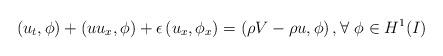
LaTeX: \begin{align*}\begin{aligned}\left(u_t,\phi\right) + \left(uu_x, \phi\right) + \epsilon\left(u_x,\phi_x\right) = \left(\rho V - \rho u, \phi\right), \forall\,\, \phi \in H^1(I)\end{aligned}\end{align*}